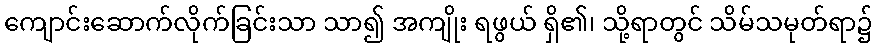
ကျောင်းဆောက်လိုက်ခြင်းသာ သာ၍ အကျိုး ရဖွယ် ရှိ၏၊ သို့ရာတွင် သိမ်သမုတ်ရာ၌